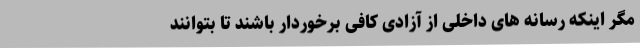
مگر اینکه رسانه های داخلی از آزادی کافی برخوردار باشند تا بتوانند